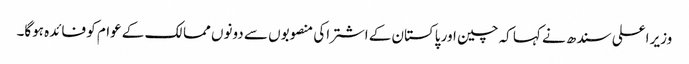
وزیر اعلی سندھ نے کہا کہ چین اور پاکستان کے اشتراکی منصوبوں سے دونوں ممالک کے عوام کو فائدہ ہوگا۔